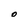
Character: O